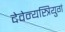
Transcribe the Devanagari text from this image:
देवेन्यस्त्रियुगं